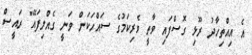
އެ އިއްތިހާދު ރޫޅި ގޮސްފައި ވާތީ ވެރިކަމުގެ ސައްހަކަން ވަނީ ގެއްލިފައޭ" ރައީސް